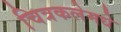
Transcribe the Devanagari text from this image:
चित्रकलेमधे